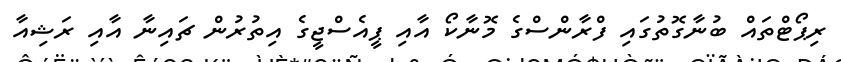
ރިޕޯޓްތައް ބުނާގޮތުގައި ފްރާންސްގެ މޮނާކޯ އާއި ޕީއެސްޖީގެ އިތުރުން ޗައިނާ އާއި ރަޝިއާ